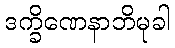
ဒက္ခိဏေနာဘိမုခါ